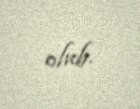
olub.